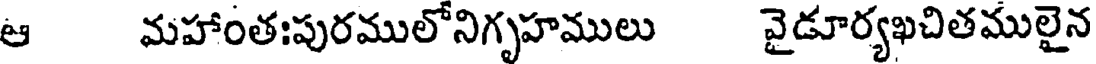
ఆ మహాంతఃపురములోనిగృహములు వైడూర్యఖచితములైన